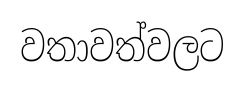
වතාවත්වලට